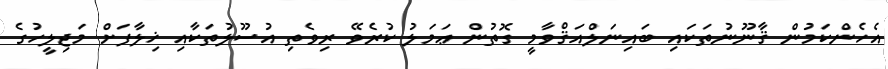
އެހެންކަމުން ޤާނޫނުތަކައި ބައިނަލްއަޤްވާމީ ގޮތުން ޢަމަލު ކުރެވޭ ރިވެތި އުސޫލުތަކާއި ޚިލާފަށް މަޖިލީހުގެ